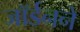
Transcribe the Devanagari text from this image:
जॉर्डनने